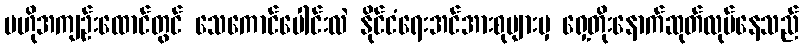
ဗဟိုအကျဉ်းထောင်တွင် သေကောင်ပေါင်းလဲ နိုင်ငံရေးအင်အားစုများမှ ရှေ့တိုးနောက်ဆုတ်လုပ်နေသည်